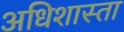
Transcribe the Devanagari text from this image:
अधिशास्ता